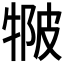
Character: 𤚆